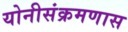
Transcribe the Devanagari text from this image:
योनीसंक्रमणास